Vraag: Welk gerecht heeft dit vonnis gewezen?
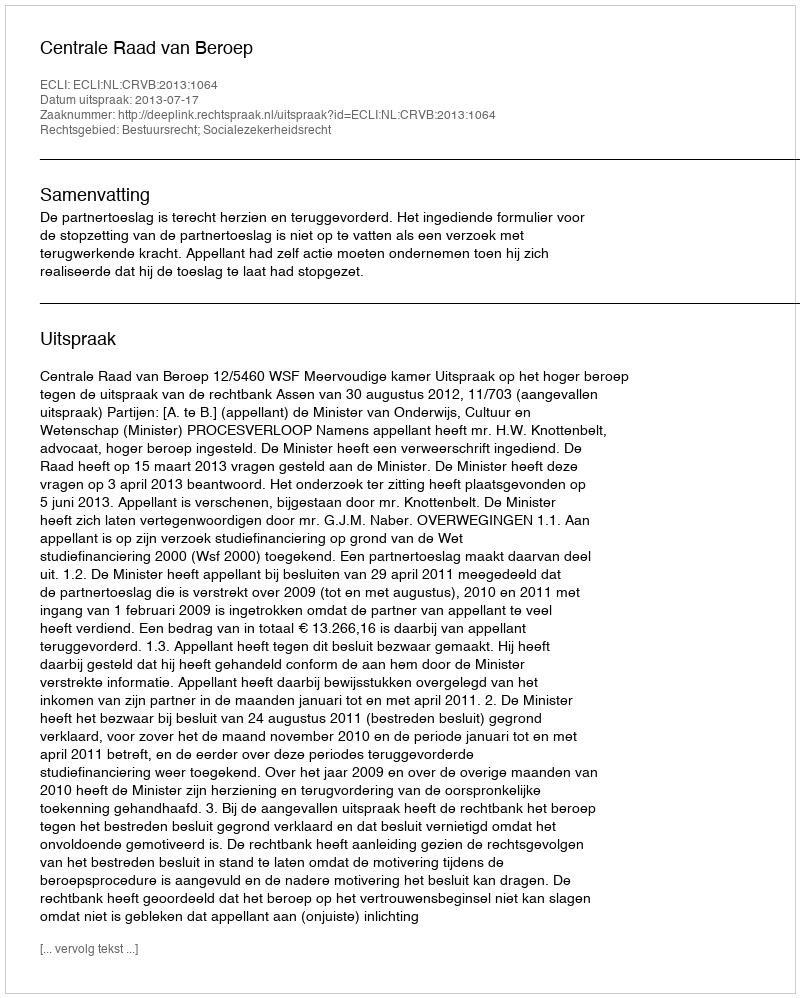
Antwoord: Centrale Raad van Beroep